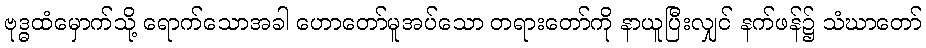
ဗုဒ္ဓထံမှောက်သို့ ရောက်သောအခါ ဟောတော်မူအပ်သော တရားတော်ကို နာယူပြီးလျှင် နက်ဖန်၌ သံဃာတော်